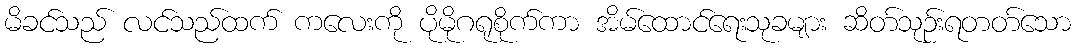
မိခင်သည် လင်သည်ထက် ကလေးကို ပိုမိုဂရုစိုက်ကာ အိမ်ထောင်ရေးသုခများ ဆိတ်သုဉ်းရတတ်သော